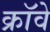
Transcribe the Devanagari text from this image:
क्रॉवे